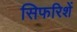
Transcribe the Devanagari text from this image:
सिफरिशें